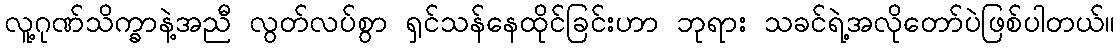
လူ့ဂုဏ်သိက္ခာနဲ့အညီ လွတ်လပ်စွာ ရှင်သန်နေထိုင်ခြင်းဟာ ဘုရား သခင်ရဲ့အလိုတော်ပဲဖြစ်ပါတယ်။